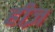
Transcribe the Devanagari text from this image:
हीज़